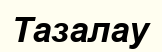
Тазалау